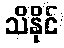
သိနိုင်